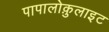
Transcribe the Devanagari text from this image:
पापालोक़ुलाइट